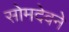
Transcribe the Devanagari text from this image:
सोमदेवने